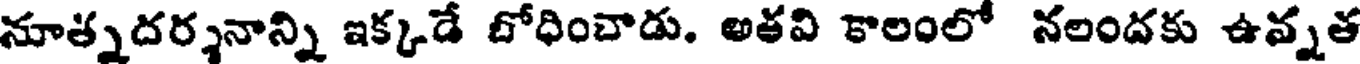
నూత్నదర్శనాన్ని ఇక్కడే బోధించాడు. అతవి కాలంలో నలందకు ఉన్నత